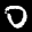
Label: 0